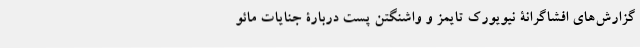
گزارش‌های افشاگرانۀ نیویورک تایمز و واشنگتن پست دربارۀ جنایات مائو